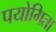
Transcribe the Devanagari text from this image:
पयोगिता